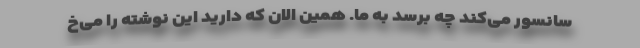
سانسور می‌کند چه برسد به ما. همین الان که دارید این نوشته را می‌خ